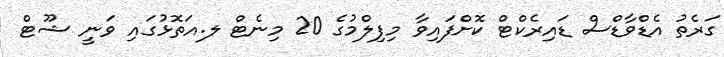
ގަރެތު އެޑްވާޑްސް ޑައިރެކްޓް ކޮށްފައިވާ މިފިލްމުގެ 20 މިނެޓް ލ.އަތޮޅުގައި ވަނީ ޝޫޓް